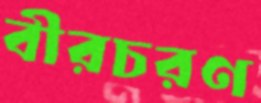
বীরচরণ